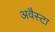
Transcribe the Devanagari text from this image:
अवैस्टा